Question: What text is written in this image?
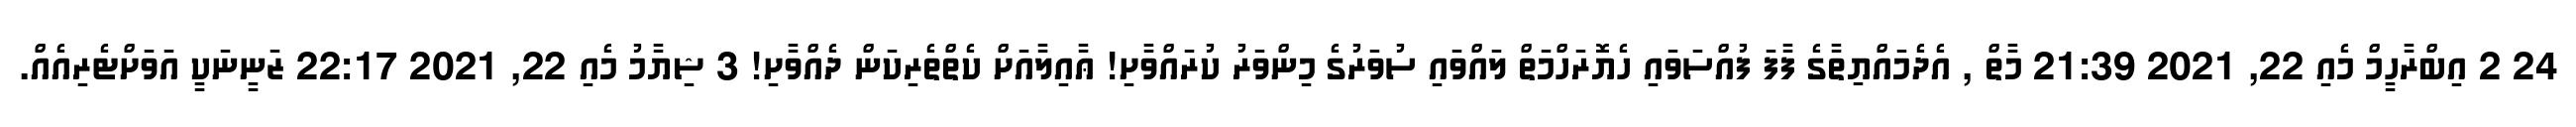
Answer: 24 2 އިބްރާހީމް މެއި 22, 2021 21:39 މާތް , އެދެމައްޔިތާގެ ފާފަ ފުއްސަވައި ހެޔޮރަހްމަތް ލައްވައި ސުވަރުގެ މިންވަރު ކުރައްވާށި! ޢާއިލާއަށް ކެތްތެރިކަން ދެއްވާށި! 3 ޝިޔާމު މެއި 22, 2021 22:17 ޒަނީނަކީ އަވަށްޓެރިއެއް.